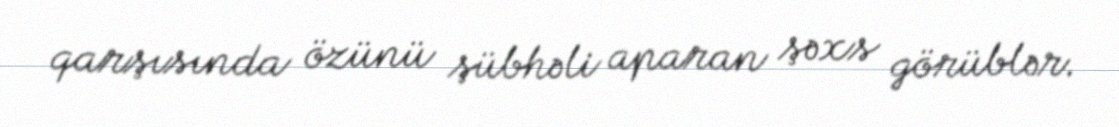
qarşısında özünü şübhəli aparan şəxs görüblər.